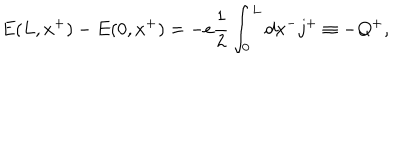
E ( L , x ^ { + } ) - E ( 0 , x ^ { + } ) = - e \frac { 1 } { 2 } \int _ { 0 } ^ { L } d x ^ { - } j ^ { + } \equiv - Q ^ { + } ,